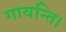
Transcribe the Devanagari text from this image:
गायन्ति।